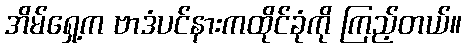
အိမ်ရှေ့က ဗာဒံပင်နားကထိုင်ခုံကို ကြည့်တယ်။